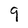
Character: 9